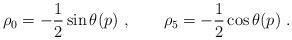
LaTeX: \begin{align*}\rho_0= -\frac{1}{2}\sin \theta(p) \ , \qquad \rho_5=-\frac{1}{2}\cos \theta(p) \ .\end{align*}